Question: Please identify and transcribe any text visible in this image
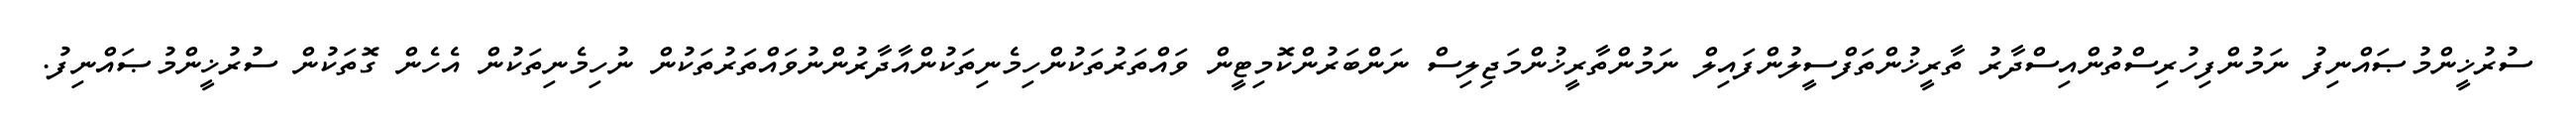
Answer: ސުރުޚީންމުޞައްނިފު ނަމުންފިހުރިސްތުންއިސްދާރު ތާރީޚުންތަފްސީލުންފައިލް ނަމުންތާރީޚުންމަޖިލިސް ނަންބަރުންކޮމިޓީން ވައްތަރުތަކުންހިމެނިތަކުންއާދާރުންނުވައްތަރުތަކުން ނުހިމެނިތަކުން އެހެން ގޮތަކުން ސުރުޚީންމުޞައްނިފު.